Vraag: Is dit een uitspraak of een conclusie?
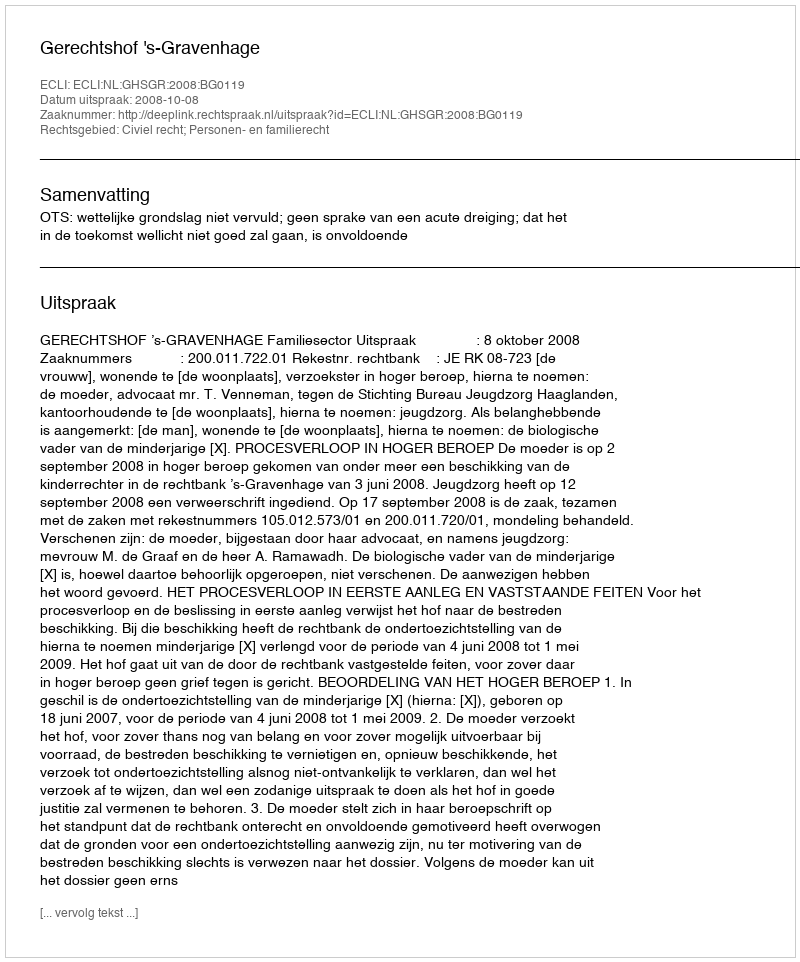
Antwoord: Uitspraak